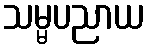
သမ္မပညာယ